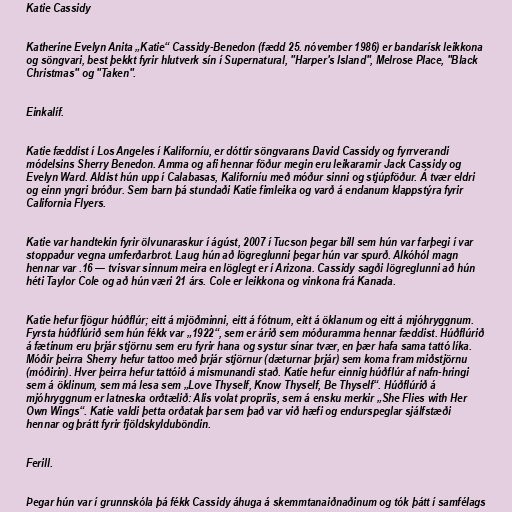
Katie Cassidy

Katherine Evelyn Anita „Katie“ Cassidy-Benedon (fædd 25. nóvember 1986) er bandarísk leikkona
og söngvari, best þekkt fyrir hlutverk sín í Supernatural, "Harper's Island", Melrose Place, "Black
Christmas" og "Taken".

Einkalíf.

Katie fæddist í Los Angeles í Kaliforníu, er dóttir söngvarans David Cassidy og fyrrverandi
módelsins Sherry Benedon. Amma og afi hennar föður megin eru leikararnir Jack Cassidy og
Evelyn Ward. Aldist hún upp í Calabasas, Kaliforníu með móður sinni og stjúpföður. Á tvær eldri
og einn yngri bróður. Sem barn þá stundaði Katie fimleika og varð á endanum klappstýra fyrir
California Flyers.

Katie var handtekin fyrir ölvunaraskur í ágúst, 2007 í Tucson þegar bill sem hún var farþegi í var
stoppaður vegna umferðarbrot. Laug hún að lögreglunni þegar hún var spurð. Alkóhól magn
hennar var .16 — tvisvar sinnum meira en löglegt er í Arizona. Cassidy sagði lögreglunni að hún
héti Taylor Cole og að hún væri 21 árs. Cole er leikkona og vinkona frá Kanada.

Katie hefur fjögur húðflúr; eitt á mjöðminni, eitt á fótnum, eitt á öklanum og eitt á mjóhryggnum.
Fyrsta húðflúrið sem hún fékk var „1922“, sem er árið sem móðuramma hennar fæddist. Húðflúrið
á fætinum eru þrjár stjörnu sem eru fyrir hana og systur sínar tvær, en þær hafa sama tattó líka.
Móðir þeirra Sherry hefur tattoo með þrjár stjörnur (dæturnar þrjár) sem koma fram miðstjörnu
(móðirin). Hver þeirra hefur tattóið á mismunandi stað. Katie hefur einnig húðflúr af nafn-hringi
sem á öklinum, sem má lesa sem „Love Thyself, Know Thyself, Be Thyself“. Húðflúrið á
mjóhryggnum er latneska orðtælið: Alis volat propriis, sem á ensku merkir „She Flies with Her
Own Wings“. Katie valdi þetta orðatak þar sem það var við hæfi og endurspeglar sjálfstæði
hennar og þrátt fyrir fjöldskylduböndin.

Ferill.

Þegar hún var í grunnskóla þá fékk Cassidy áhuga á skemmtanaiðnaðinum og tók þátt í samfélags